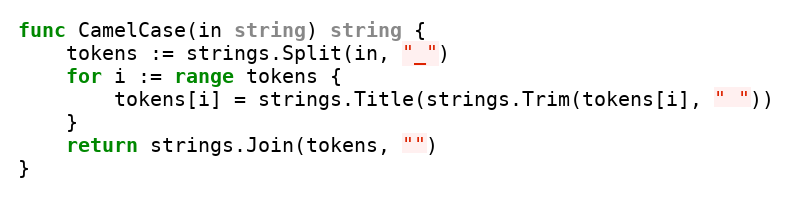
Language: Go
func CamelCase(in string) string {
	tokens := strings.Split(in, "_")
	for i := range tokens {
		tokens[i] = strings.Title(strings.Trim(tokens[i], " "))
	}
	return strings.Join(tokens, "")
}